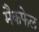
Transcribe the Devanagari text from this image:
मैकफेल